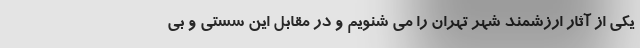
یکی از آثار ارزشمند شهر تهران را می شنویم و در مقابل این سستی و بی